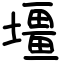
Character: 壃